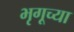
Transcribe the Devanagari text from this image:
भृगूच्या